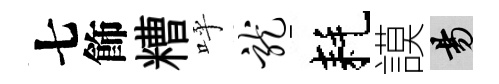
七飾糟呼龙耗謨昜